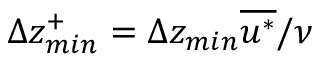
\Delta z _ { m i n } ^ { + } = \Delta z _ { m i n } \overline { { u ^ { * } } } / \nu